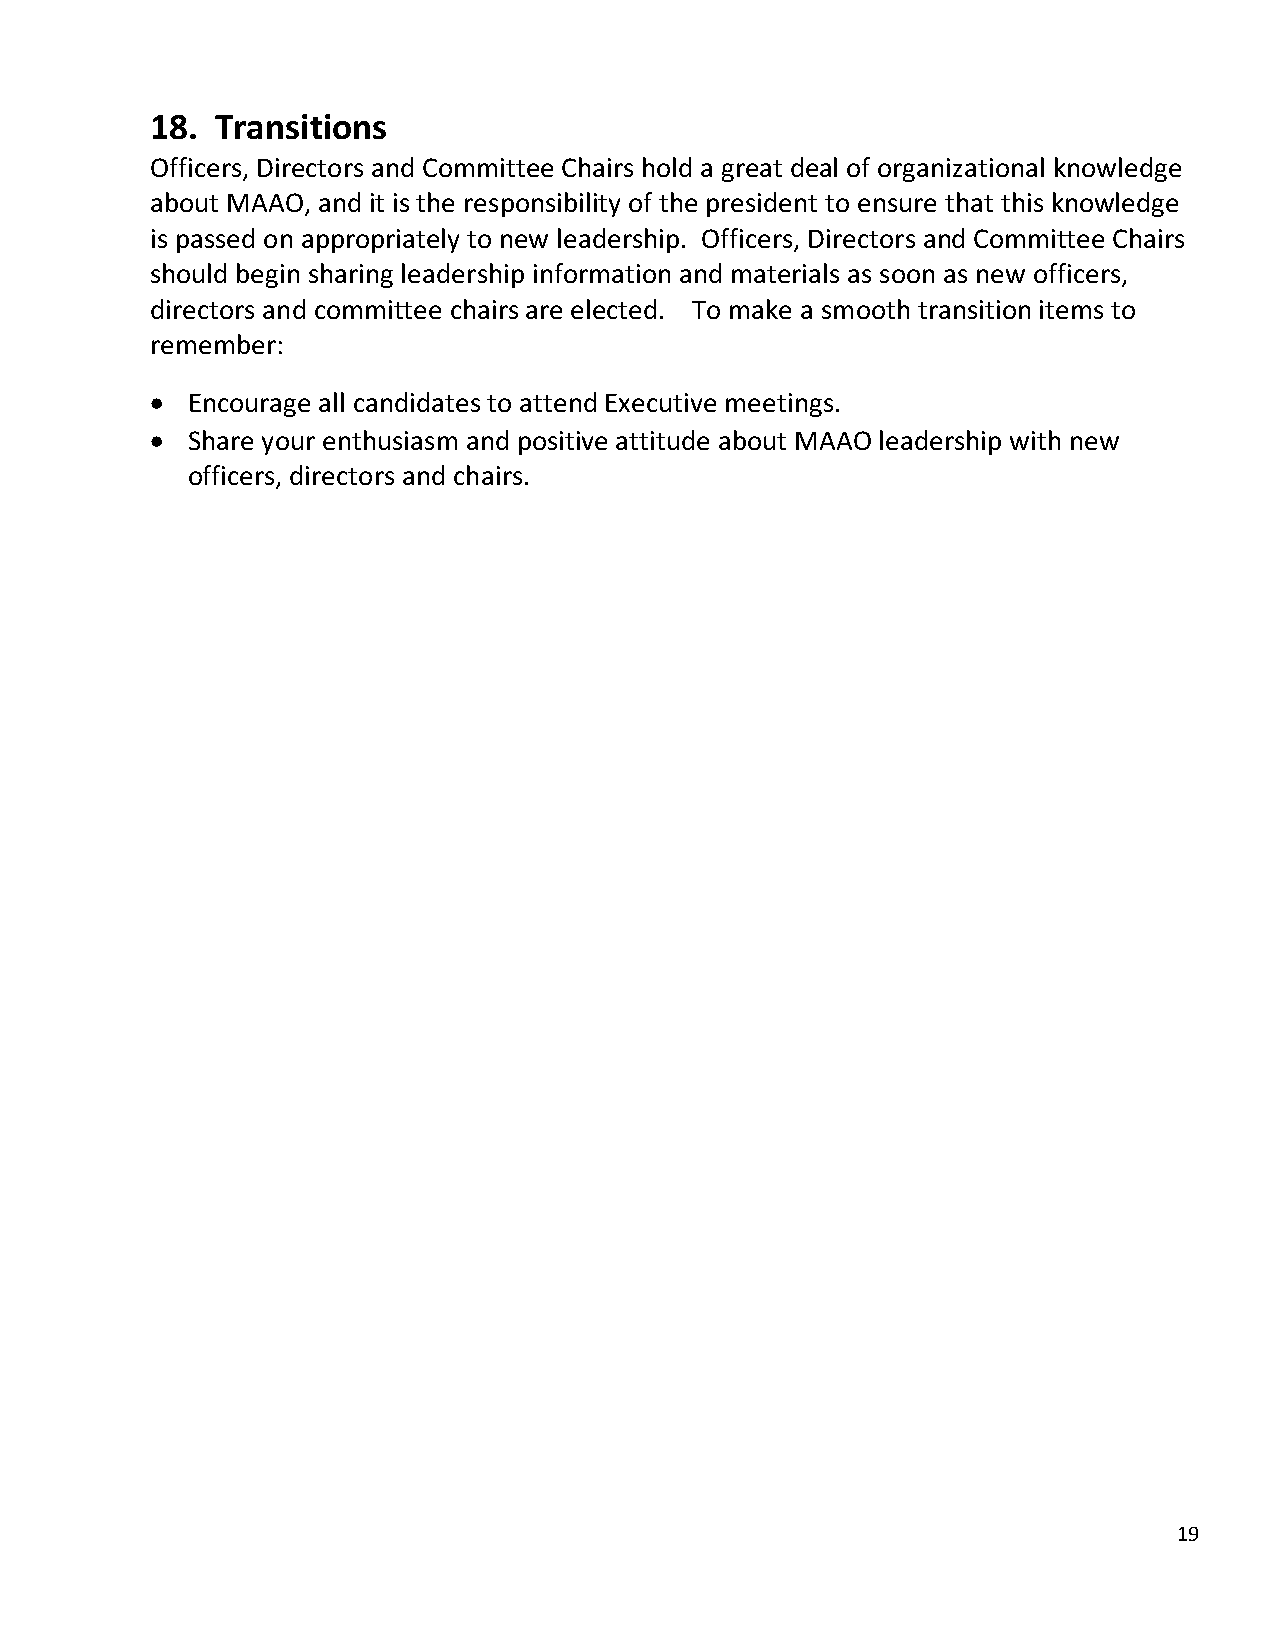
18. Transitions
 Officers, Directors and Committee Chairs hold a great deal of organizational knowledge
 about MAAO, and it is the responsibility of the president to ensure that this knowledge
 is passed on appropriately to new leadership. Officers, Directors and Committee Chairs
 should begin sharing leadership information and materials as soon as new officers,
 directors and committee chairs are elected. To make a smooth transition items to
 remember:
 • Encourage all candidates to attend Executive meetings.
 • Share your enthusiasm and positive attitude about MAAO leadership with new
 officers, directors and chairs.
 19